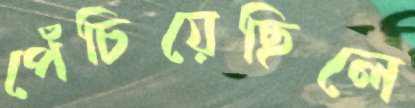
পেঁচিয়েছিলে